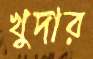
খুদার